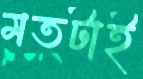
মতটাই